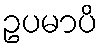
ဥပမာပိ